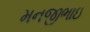
મનજીભાઇ